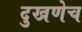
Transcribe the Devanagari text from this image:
दुखणेच